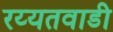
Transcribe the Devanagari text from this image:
रय्यतवाडी